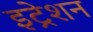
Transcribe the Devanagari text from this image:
इट्रेशन